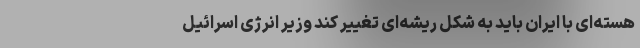
هسته‌ای با ایران باید به شکل ریشه‌ای تغییر کند وزیر انرژی اسرائیل